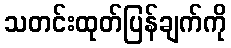
သတင်းထုတ်ပြန်ချက်ကို